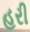
હરી